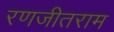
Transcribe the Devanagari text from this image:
रणजीतराम